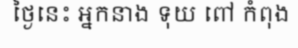
ថ្ងៃនេះ អ្នកនាង ទុយ ពៅ កំពុង